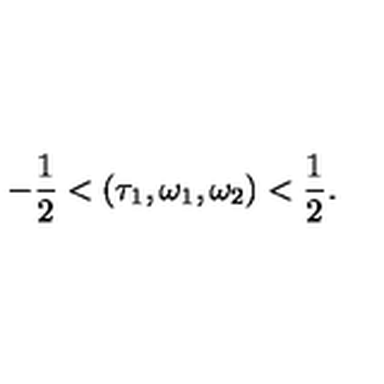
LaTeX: - \frac { 1 } { 2 } < ( \tau _ { 1 } , \omega _ { 1 } , \omega _ { 2 } ) < \frac { 1 } { 2 } .